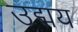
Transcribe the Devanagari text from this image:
उद्मय